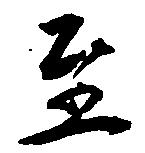
至